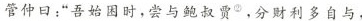
管仲曰：”吾始困时，尝与鲍叔贾^{②}，分财利多自与，